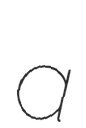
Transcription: a